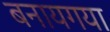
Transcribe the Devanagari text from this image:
बनायगया